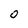
Character: O